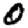
Digit: 0